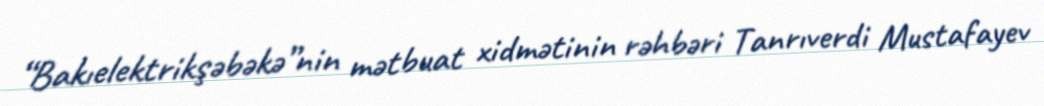
“Bakıelektrikşəbəkə”nin mətbuat xidmətinin rəhbəri Tanrıverdi Mustafayev